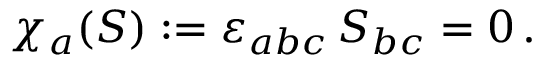
\chi _ { a } ( S ) : = \varepsilon _ { a b c } \, S _ { b c } = 0 \, .